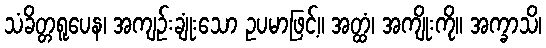
သံခိတ္တရူပေန၊ အကျဉ်းချုံးသော ဥပမာဖြင့်။ အတ္ထံ၊ အကျိုးကို။ အက္ခာသိ၊